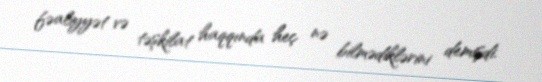
fəaliyyət və təşkilat haqqında heç nə bilmədiklərini demişdi.